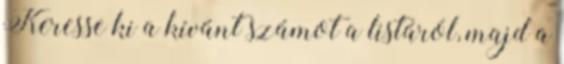
Keresse ki a kívánt számot a listáról, majd a